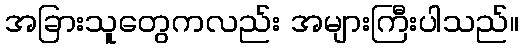
အခြားသူတွေကလည်း အများကြီးပါသည်။